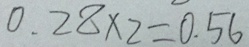
0 . 2 8 \times 2 = 0 . 5 6